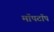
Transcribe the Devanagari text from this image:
मॉपटॉप